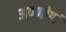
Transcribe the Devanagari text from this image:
अण्णोणं